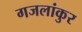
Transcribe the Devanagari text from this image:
गजलांकुर